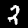
Label: 2